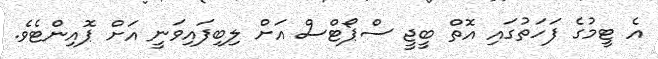
އެ ޓީމުގެ ފަހަތުގައި އޮތް ބީޖީ ސްޕޯޓްސް އަށް ލިބިފައިވަނީ އަށް ޕޮއިންޓެވެ.